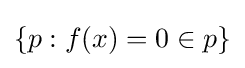
\{p:f(x)=0\in p\}